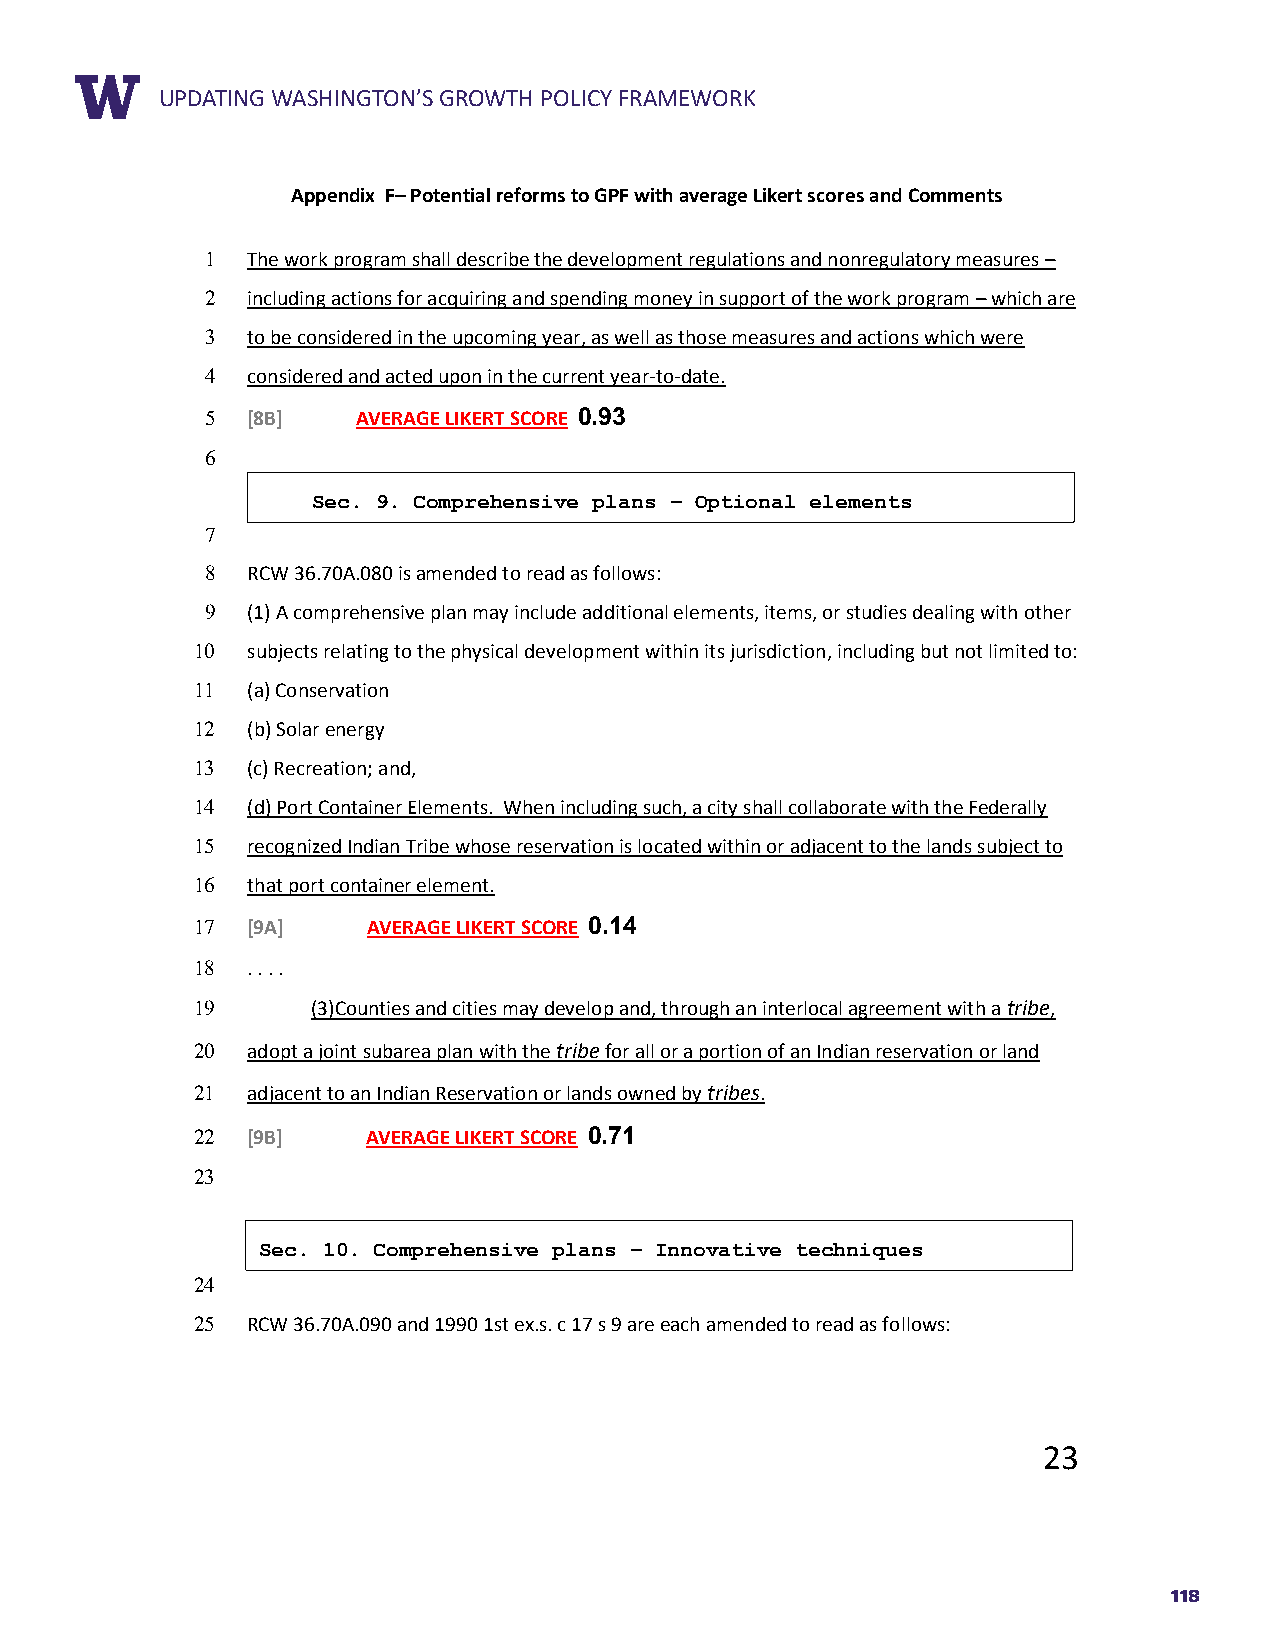
RUEPPDOARTTIN TGIT WLEASHINGTON’S GROWTH POLICY FRAMEWORK
 Appendix F– Potential reforms to GPF with average Likert scores and Comments
 1 The work program shall describe the development regulations and nonregulatory measures –
 2 including actions for acquiring and spending money in support of the work program – which are
 3 to be considered in the upcoming year, as well as those measures and actions which were
 4 considered and acted upon in the current year-to-date.
 5 [8B]    AVERAGE LIKERT SCORE 0.93
 6
 Sec. 9. Comprehensive plans – Optional elements
 7
 8 RCW 36.70A.080 is amended to read as follows:
 9 (1) A comprehensive plan may include additional elements, items, or studies dealing with other
 10 subjects relating to the physical development within its jurisdiction, including but not limited to:
 11 (a) Conservation
 12 (b) Solar energy
 13 (c) Recreation; and,
 14 (d) Port Container Elements. When including such, a city shall collaborate with the Federally
 15 recognized Indian Tribe whose reservation is located within or adjacent to the lands subject to
 16 that port container element.
 17 [9A]    AVERAGE LIKERT SCORE 0.14
 18 . . . .
 19      (3)Counties and cities may develop and, through an interlocal agreement with a tribe,
 20 adopt a joint subarea plan with the tribe for all or a portion of an Indian reservation or land
 21 adjacent to an Indian Reservation or lands owned by tribes.
 22 [9B]    AVERAGE LIKERT SCORE 0.71
 23
 Sec. 10. Comprehensive plans – Innovative techniques
 24
 25 RCW 36.70A.090 and 1990 1st ex.s. c 17 s 9 are each amended to read as follows:
 23
 118